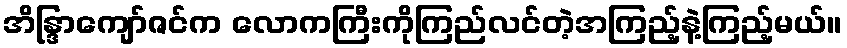
အိန္ဒြာကျော်ဇင်က လောကကြီးကိုကြည်လင်တဲ့အကြည့်နဲ့ကြည့်မယ်။